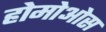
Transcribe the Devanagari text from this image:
होमोओस